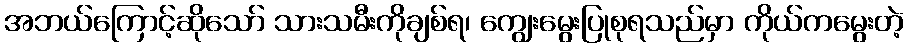
အဘယ်ကြောင့်ဆိုသော် သားသမီးကိုချစ်ရ၊ ကျွေးမွေးပြုစုရသည်မှာ ကိုယ်ကမွေးတဲ့